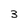
Character: 3